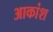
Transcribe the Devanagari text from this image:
आकांश